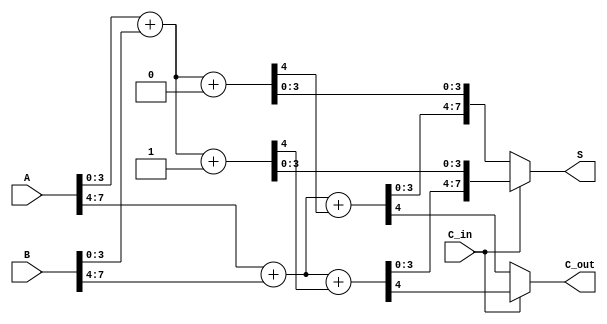
module CarrySelectAdder (
    input [7:0] A,       // 8-bit input A
    input [7:0] B,       // 8-bit input B
    input C_in,          // Carry-in
    output [7:0] S,      // 8-bit sum output
    output C_out         // Carry-out
);

    wire [3:0] S0, S1;   // Sums for C_in = 0
    wire C0, C1;         // Carry-outs for C_in = 0
    wire [3:0] S0p, S1p; // Sums for C_in = 1
    wire C0p, C1p;       // Carry-outs for C_in = 1

    // Block 0 (Least Significant Block)
    // Adder assuming C_in = 0
    assign {C0, S0} = A[3:0] + B[3:0] + 1'b0; 
    // Adder assuming C_in = 1
    assign {C0p, S0p} = A[3:0] + B[3:0] + 1'b1; 

    // Block 1 (Most Significant Block)
    // Adder assuming C_in = 0
    assign {C1, S1} = A[7:4] + B[7:4] + C0; 
    // Adder assuming C_in = 1
    assign {C1p, S1p} = A[7:4] + B[7:4] + C0p; 

    // Final selection of sum and carry-out
    assign S = (C_in) ? {S1p, S0p} : {S1, S0};
    assign C_out = (C_in) ? C1p : C1;

endmodule